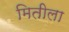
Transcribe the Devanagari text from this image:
मितीला